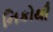
નિકોથી